Annual report on the mental hospital in the Central Provinces and Berar (Nagpur) - 1927-1951
Year: 1927
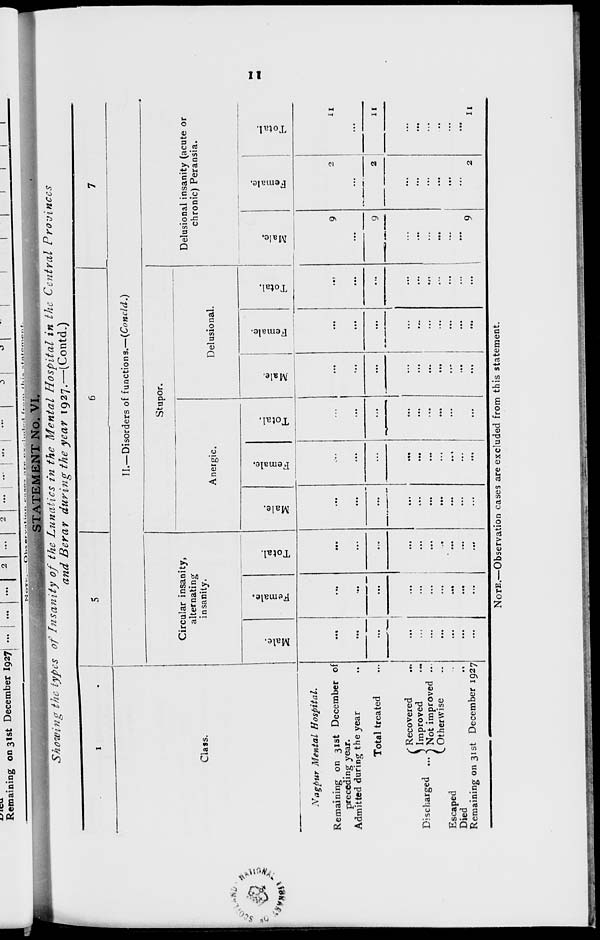
11
STATEMENT No. VI.
Showing the types of Insanity of the Lunatics in the Mental Hospital in the Central Provinces
and Berar during the year 1927.—(Contd.)
1
Class.
Nagpur Mental Hospital.
Remaining on 31st December of
preceding year.
Admitted during the year ...
Total treated ...
Discharged ...
Recovered ...
Improved
...
Not improved ...
Otherwise ...
Escaped ...
Died ...
Remaining on 31st December 1927
5
6
7
II.—Disorders of functions.—(Concld.)
Circular insanity,
alternating
insanity.
Male.
...
...
...
...
...
...
...
...
...
...
Female.
...
...
...
...
...
...
...
...
...
...
Total.
...
...
...
...
...
...
...
...
...
...
Stupor.
Anergic.
Male.
...
...
...
...
...
...
...
...
...
...
Female.
...
...
...
...
...
...
...
...
...
...
Total.
...
...
...
...
...
...
...
...
...
...
Delusional.
Male.
...
...
...
...
...
...
...
...
...
Female.
...
...
...
...
...
...
...
...
...
...
Total.
...
...
...
...
...
...
...
...
...
...
Delusional insanity (acute or
chronic) Peransia.
Male.
9
...
9
...
...
...
...
...
...
9
Female.
2
...
2
...
...
...
...
...
...
2
Total.
11
...
11
...
...
...
...
...
...
11
NOTE.—Observation cases are excluded from this statement.